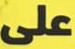
على